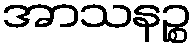
အာသနဉ္စ